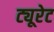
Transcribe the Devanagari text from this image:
ट्यूरेट